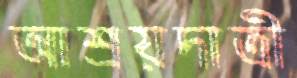
আশ্রয়দাত্রী